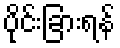
ပိုင်းခြားရန်